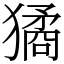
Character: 獝